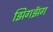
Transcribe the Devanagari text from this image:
झिगझॅग